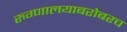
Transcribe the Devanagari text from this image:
रुग्णालयाबरोबरच